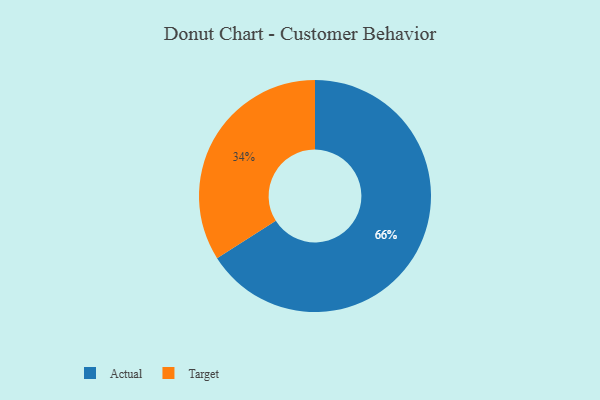
{"axis": {"x": "Category", "y": "Percentage"}, "legend": ["Actual", "Target"], "data": [{"x": "Actual", "y": 66, "type": "Actual"}, {"x": "Target", "y": 34, "type": "Target"}]}